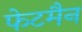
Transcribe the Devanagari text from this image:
फेटमैन